Papaver somniferum - Opium : an extract from the sixth volume of the Dictionary of Economic Products of India
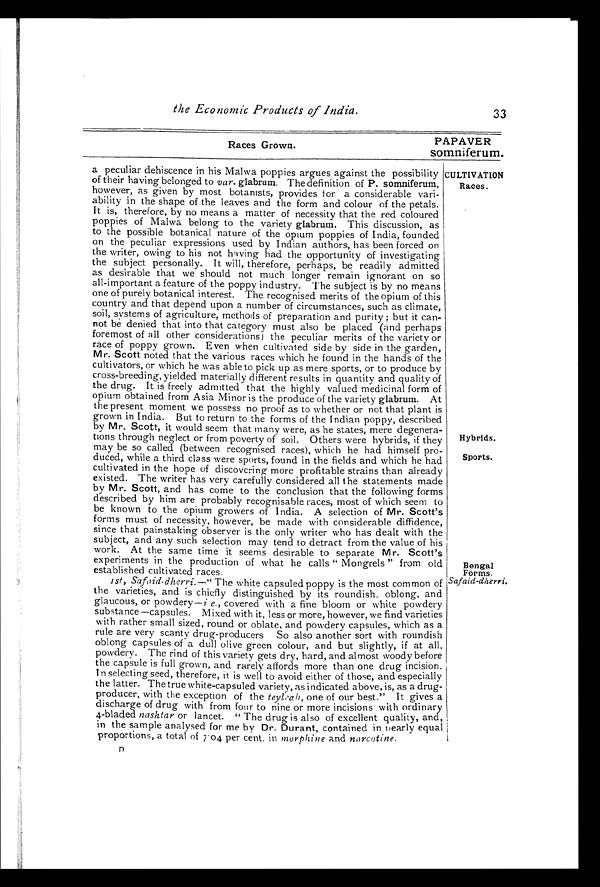
the Economic Products of India.
33
Races Grown.
PAPAVER
somniferum.
a peculiar dehiscence in his Malwa poppies argues against the possibility
of their having belonged to var. glabrum. The definition of P. somniferum,
however, as given by most botanists, provides for a considerable vari-
ability in the shape of the leaves and the form and colour of the petals.
It is, therefore, by no means a matter of necessity that the red coloured
poppies of Malwa belong to the variety glabrum. This discussion, as
to the possible botanical nature of the opium poppies of India, founded
on the peculiar expressions used by Indian authors, has been forced on
the writer, owing to his not having had the opportunity of investigating
the subject personally. It will, therefore, perhaps, be readily admitted
as desirable that we should not much longer remain ignorant on so
all-important a feature of the poppy industry. The subject is by no means
one of purely botanical interest. The recognised merits of the opium of this
country and that depend upon a number of circumstances, such as climate,
soil, systems of agriculture, methods of preparation and purity ; but it can
-
not be denied that into that category must also be placed (and perhaps
foremost of all other considerations) the peculiar merits of the variety or
race of poppy grown. Even when cultivated side by side in the garden,
Mr. Scott noted that the various races which he found in the hands of the
cultivators, or which he was able to pick up as mere sports, or to produce by
cross-breeding, yielded materially different results in quantity and quality of
the drug. It is freely admitted that the highly valued medicinal form of
opium obtained from Asia Minor is the produce of the variety glabrum. At
the present moment we possess no proof as to whether or not that plant is
grown in India. But to return to the forms of the Indian poppy, described
by Mr. Scott, it would seem that many were, as he states, mere degenera
-
tions through neglect or from poverty of soil. Others were hybrids, if they
may be so called (between recognised races), which he had himself pro
-duced, while a third class were sports, found in the fields and which he had
cultivated in the hope of discovering more profitable strains than already
existed. The writer has very carefully considered all the statements made
by Mr. Scott, and has come to the conclusion that the following forms
described by him are probably recognisable races, most of which seem to
be known to the opium growers of India. A selection of Mr. Scott's
forms must of necessity, however, be made with considerable diffidence,
since that painstaking observer is the only writer who has dealt with the
subject, and any such selection may tend to detract from the value of his
work. At the same time it seems desirable to separate M r. Scott's
experiments in the production of what he calls " Mongrels " from old
established cultivated races.
_
1st , Safaid-dherri. —" The white capsuled poppy is the most common of
the varieties, and is chiefly distinguished by its roundish, oblong, and
glaucous, or powdery—i e., covered with a fine bloom or white powdery
substance—capsules. Mixed with it, less or more, however, we find varieties
with rather small sized, round or oblate, and powdery capsules, which as a
rule are very scanty drug-producers So also another sort with roundish
oblong capsules of a dull olive green colour, and but slightly, if at all,
powdery. The rind of this variety gets dry, hard, and almost woody before
the capsule is full grown, and rarely affords more than one drug incision.
I n selecting seed, therefore, it is well to avoid either of those, and especially
the latter. The true white-capsuled variety, as indicated above, is, as a drug-
producer, with the exception of the teyleah, one of our best." It gives a
discharge of drug with from four to nine or more incisions with ordinary
4-bladed nashtar or lancet. " The drug is also of excellent quality, and,
in the sample analysed for me by Dr. Durant, contained in nearly equal
proportions, a total of 7.04. per cent. in morphine and narcotine.
Hybrids.
Sports.
Bengal
Forms.
Safaid-dherri.
CULTIVATION
Races.